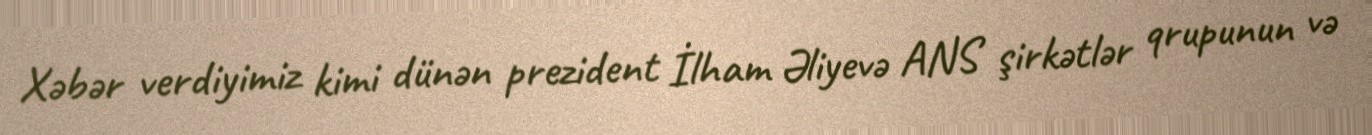
Xəbər verdiyimiz kimi dünən prezident İlham Əliyevə ANS şirkətlər qrupunun və